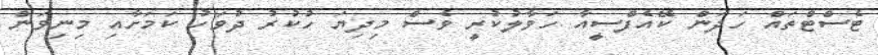
ޓެސްޓްތައް ހަދަން ކޭއެފްސީއާ ހަވާލުކުރީ ވެސް މިދިޔަ ހުކުރު ދުވަހު ކަމަށާއި މިނިވަން